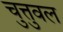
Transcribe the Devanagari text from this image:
चुत्तुवल